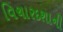
વિચારદશાની